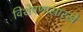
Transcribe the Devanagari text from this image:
विशेषणासारखे